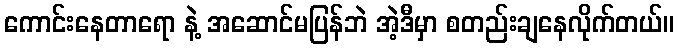
ကောင်းနေတာရော နဲ့ အဆောင်မပြန်ဘဲ အဲ့ဒီမှာ စတည်းချနေလိုက်တယ်။